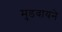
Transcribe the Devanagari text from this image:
मुडवायने